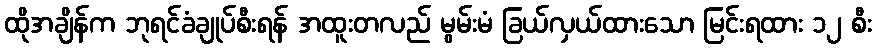
ထိုအချိန်က ဘုရင်ခံချုပ်စီးရန် အထူးတလည် မွမ်းမံ ခြယ်လှယ်ထားသော မြင်းရထား ၁၂ စီး